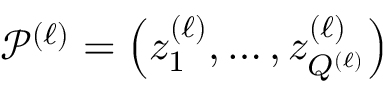
\mathcal { P } ^ { ( \ell ) } = \left( z _ { 1 } ^ { ( \ell ) } , \ldots , z _ { Q ^ { ( \ell ) } } ^ { ( \ell ) } \right)